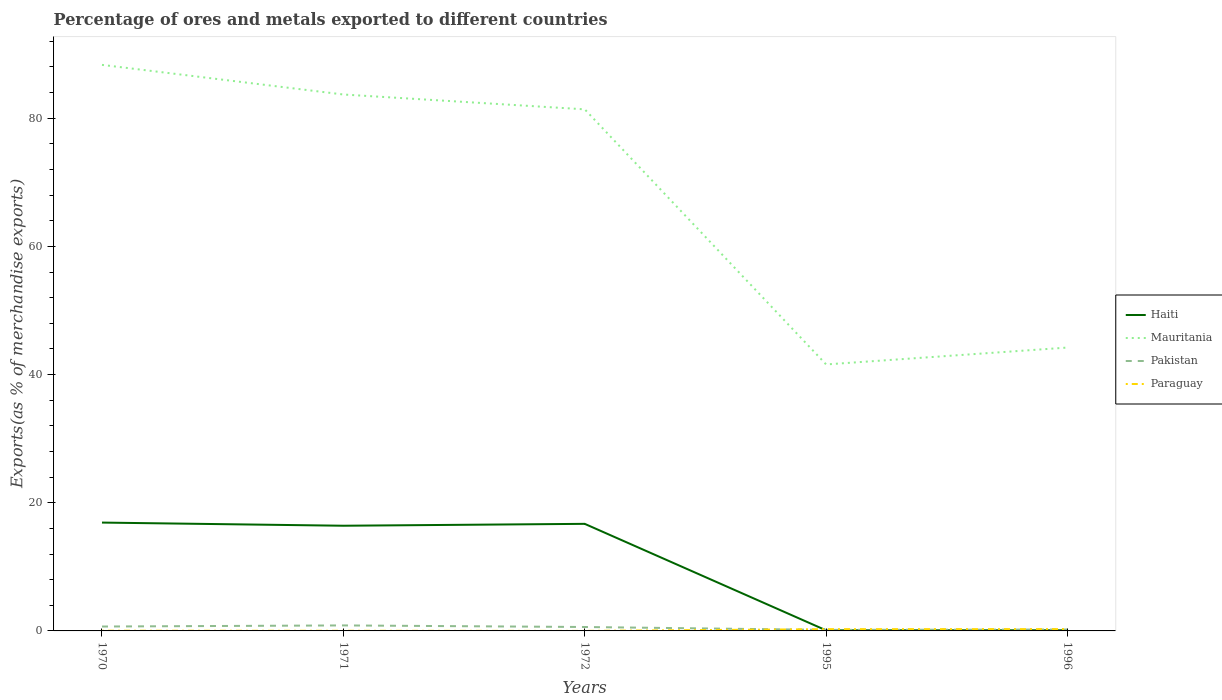
| Years | Haiti | Mauritania | Pakistan | Paraguay |
 | --- | --- | --- | --- | --- |
 | 1970 | 16.9 | 88.3 | 0.685 | 0.0319 |
 | 1971 | 16.4 | 83.7 | 0.858 | 0.0221 |
 | 1972 | 16.7 | 81.4 | 0.612 | 0.0029 |
 | 1995 | 0.0881 | 41.6 | 0.162 | 0.275 |
 | 1996 | 0.0966 | 44.2 | 0.221 | 0.281 |